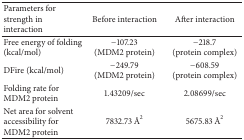
<table><thead><tr><td><b>Parameters for strength in interaction</b></td><td><b>Before interaction</b></td><td><b>After interaction</b></td></tr></thead><tbody><tr><td>Free energy of folding (kcal/mol)</td><td>−107.23 (MDM2 protein)</td><td>−218.7 (protein complex)</td></tr><tr><td>DFire (kcal/mol)</td><td>−249.79(MDM2 protein)</td><td>−608.59 (protein complex)</td></tr><tr><td>Folding rate for MDM2 protein</td><td>1.43209/sec</td><td>2.08699/sec</td></tr><tr><td>Net area for solvent accessibility for MDM2 protein</td><td>7832.73 Å<sup>2</sup></td><td>5675.83 Å<sup>2</sup></td></tr></tbody></table>